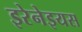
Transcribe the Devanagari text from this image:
इरेनेइयस